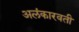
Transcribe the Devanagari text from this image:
अलंकारवती